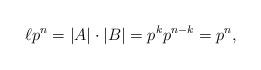
LaTeX: \begin{align*}\ell p^n = |A| \cdot |B| = p^k p^{n-k} = p^n,\end{align*}